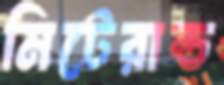
মিটেরান্ড